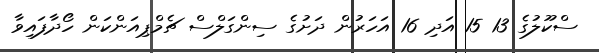
ސްކޫލުގެ 13 15 އަދި 16 އަހަރުން ދަށުގެ ސިންގަލްސް ޗެމްޕިއަންކަން ހޯދާފައިވާ